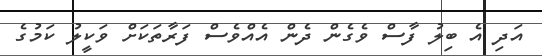
އަދި އެ ބިލު ފާސް ވެގެން ދެން އެއްވެސް ފަރާތަކަށް ވަކީލު ކަމުގެ